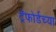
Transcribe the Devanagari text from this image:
ट्रॅफोर्डच्या